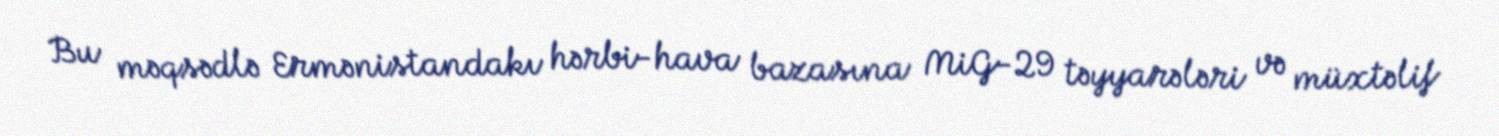
Bu məqsədlə Ermənistandakı hərbi-hava bazasına MiG-29 təyyarələri və müxtəlif